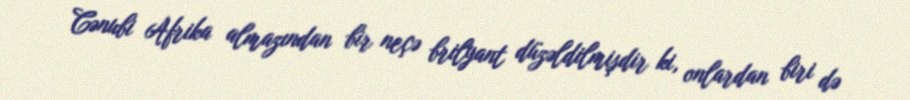
Cənubi Afrika almazından bir neçə brilyant düzəldilmişdir ki, onlardan biri də